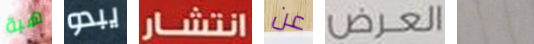
هبة يبدو انتشار عن العرض تقريب